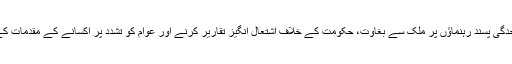
اسپین کی عدالت نے پانچوں علیحدگی پسند رہنماؤں پر ملک سے بغاوت، حکومت کے خلاف اشتعال انگیز تقاریر کرنے اور عوام کو تشدد پر اُکسانے کے مقدمات کے تحت گرفتاری کا حکم دیا تھا۔